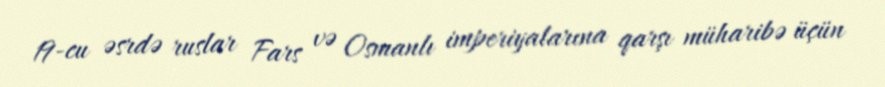
19-cu əsrdə ruslar Fars və Osmanlı imperiyalarına qarşı müharibə üçün